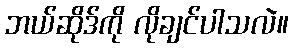
ဘယ်ဆိုဒ်ကို လိုချင်ပါသလဲ။